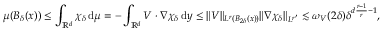
\mu ( B _ { \delta } ( x ) ) \leq \int _ { \ensuremath { \mathbb { R } } ^ { d } } \chi _ { \delta } \, \mathrm { d } \mu = - \int _ { \ensuremath { \mathbb { R } } ^ { d } } V \cdot \nabla \chi _ { \delta } \, \mathrm { d } y \leq \| V \| _ { L ^ { r } ( B _ { 2 \delta } ( x ) ) } \| \nabla \chi _ { \delta } \| _ { L ^ { r ^ { \prime } } } \lesssim \omega _ { V } ( 2 \delta ) \delta ^ { d \frac { r - 1 } { r } - 1 } ,